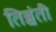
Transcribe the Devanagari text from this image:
तिब्बंती